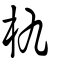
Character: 朹